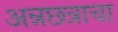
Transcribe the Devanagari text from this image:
अन्नछत्राचा